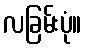
လခြမ်းပုံ။